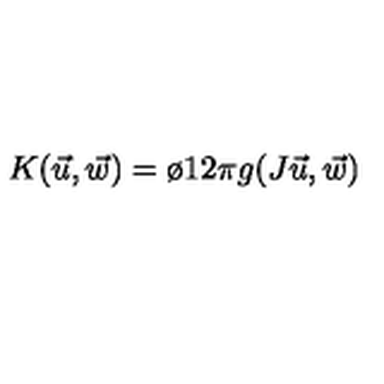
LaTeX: K ( \vec { u } , \vec { w } ) = \o { 1 } { 2 \pi } g ( J \vec { u } , \vec { w } )